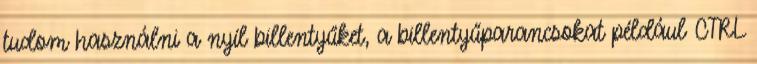
tudom használni a nyíl billentyűket, a billentyűparancsokat például CTRL